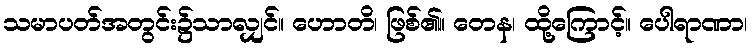
သမာပတ်အတွင်း၌သာလျှင်။ ဟောတိ၊ ဖြစ်၏။ တေန၊ ထို့ကြောင့်။ ပေါရာဏာ၊